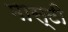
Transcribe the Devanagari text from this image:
मास्टी